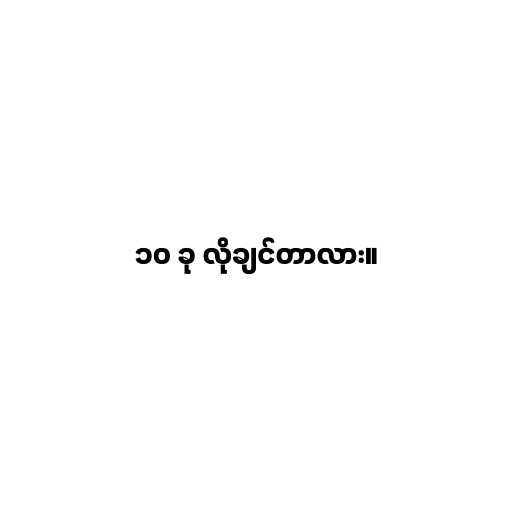
၁၀ ခု လိုချင်တာလား။